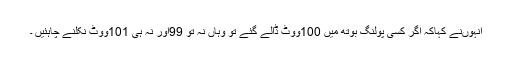
انہوںنے کہاکہ اگر کسی پولنگ بوتھ میں 100ووٹ ڈالے گئے تو وہاں نہ تو 99اور نہ ہی 101ووٹ نکلنے چاہئیں ۔